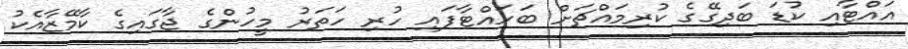
އަައްޓާއި ކުޑަ ބަދިގޭގެ ކުރިމައްޗަށް ބަހައްޓާފައި ހުރި ހަތަރު މީހުންގެ ޖާގައިގެ ކާމޭޒާއެކު